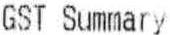
GST SUMMARY